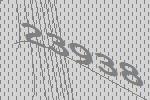
23938